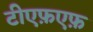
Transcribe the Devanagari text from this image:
टीएफ़एफ़